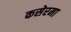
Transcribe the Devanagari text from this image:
कसेरमा